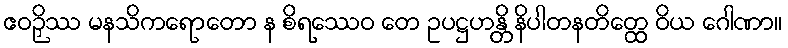
ဧဝဉှိဿ မနသိကရောတော န စိရဿေဝ တေ ဥပဋ္ဌဟန္တိ နိပါတနတိတ္ထေ ဝိယ ဂေါဏာ။